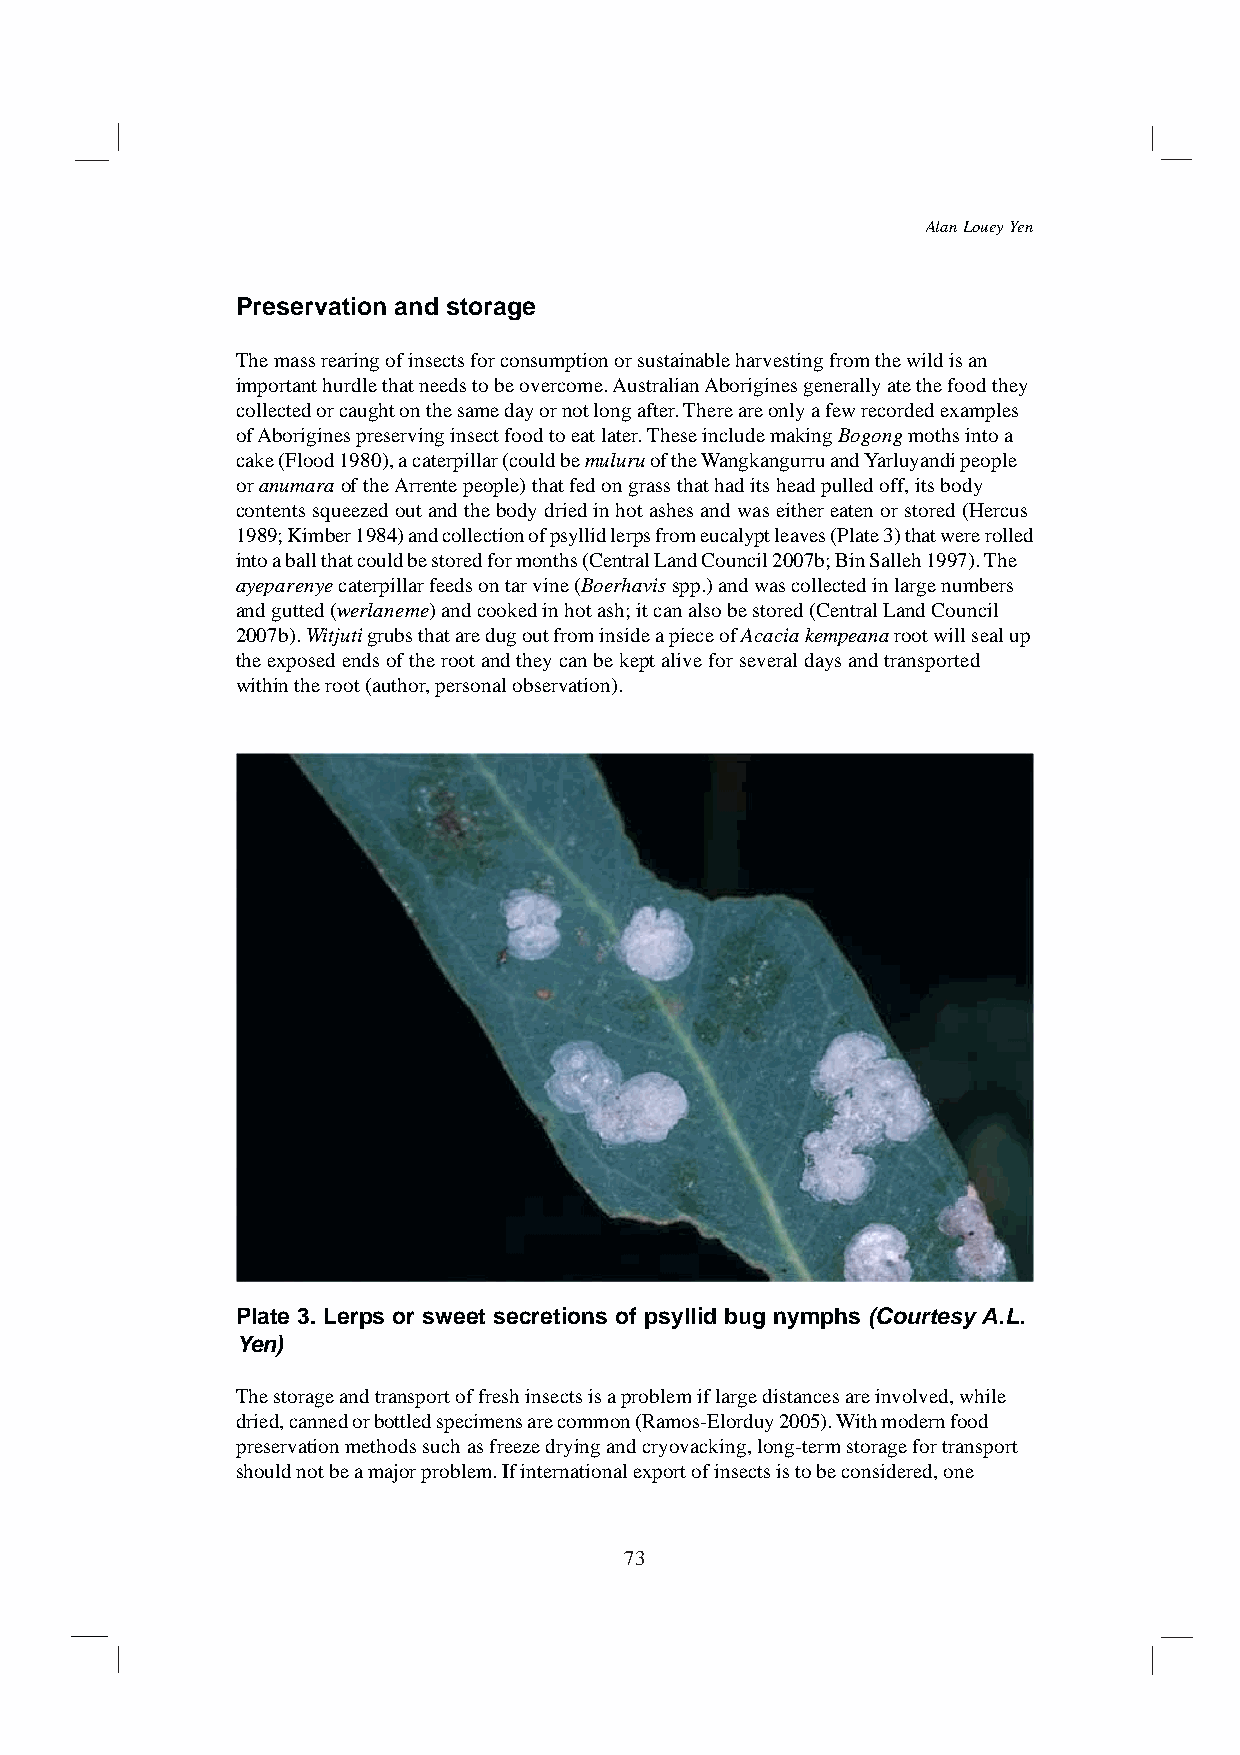
Alan Louey Yen
 Preservation and storage
 The mass rearing of insects for consumption or sustainable harvesting from the wild is an
 important hurdle that needs to be overcome. Australian Aborigines generally ate the food they
 collected or caught on the same day or not long after. There are only a few recorded examples
 of Aborigines preserving insect food to eat later. These include making Bogong moths into a
 cake (Flood 1980), a caterpillar (could be muluru of the Wangkangurru and Yarluyandi people
 or anumara of the Arrente people) that fed on grass that had its head pulled off, its body
 contents squeezed out and the body dried in hot ashes and was either eaten or stored (Hercus
 1989; Kimber 1984) and collection of psyllid lerps from eucalypt leaves (Plate 3) that were rolled
 into a ball that could be stored for months (Central Land Council 2007b; Bin Salleh 1997). The
 ayeparenye caterpillar feeds on tar vine (Boerhavis spp.) and was collected in large numbers
 and gutted (werlaneme) and cooked in hot ash; it can also be stored (Central Land Council
 2007b). Witjuti grubs that are dug out from inside a piece of Acacia kempeana root will seal up
 the exposed ends of the root and they can be kept alive for several days and transported
 within the root (author, personal observation).
 Plate 3. Lerps or sweet secretions of psyllid bug nymphs (Courtesy A.L.
 Yen)
 The storage and transport of fresh insects is a problem if large distances are involved, while
 dried, canned or bottled specimens are common (Ramos-Elorduy 2005). With modern food
 preservation methods such as freeze drying and cryovacking, long-term storage for transport
 should not be a major problem. If international export of insects is to be considered, one
 73